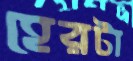
হেরটা